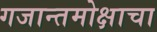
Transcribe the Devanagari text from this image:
गजान्तमोक्षाचा